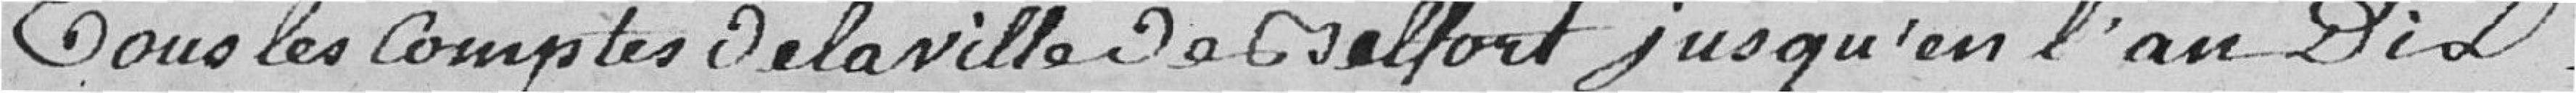
tous les comptes de la ville de Belfort jusqu'en l'an Dix